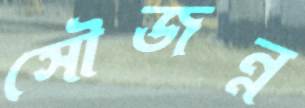
সৌজন্ন